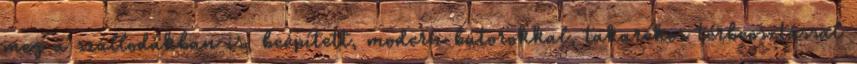
meg a szállodákban is, beépített, modern bútorokkal, takarékos térbeosztással